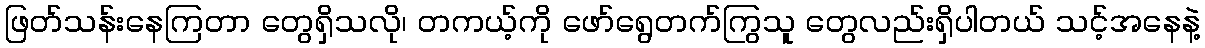
ဖြတ်သန်းနေကြတာ တွေရှိသလို၊ တကယ့်ကို ဖော်ရွေတက်ကြွသူ တွေလည်းရှိပါတယ် သင့်အနေနဲ့